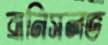
ব্রানিসলভ